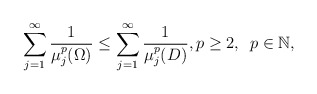
\begin{align*}\sum_{j=1}^{\infty}\frac{1}{\mu_{j}^{p}(\Omega)}\leq\sum_{j=1}^{\infty}\frac{1}{\mu_{j}^{p}(D)},p\geq 2,\,\,\, p\in \mathbb N,\end{align*}